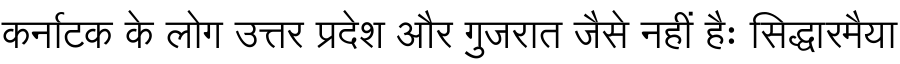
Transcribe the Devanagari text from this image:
कर्नाटक के लोग उत्तर प्रदेश और गुजरात जैसे नहीं हैः सिद्धारमैया